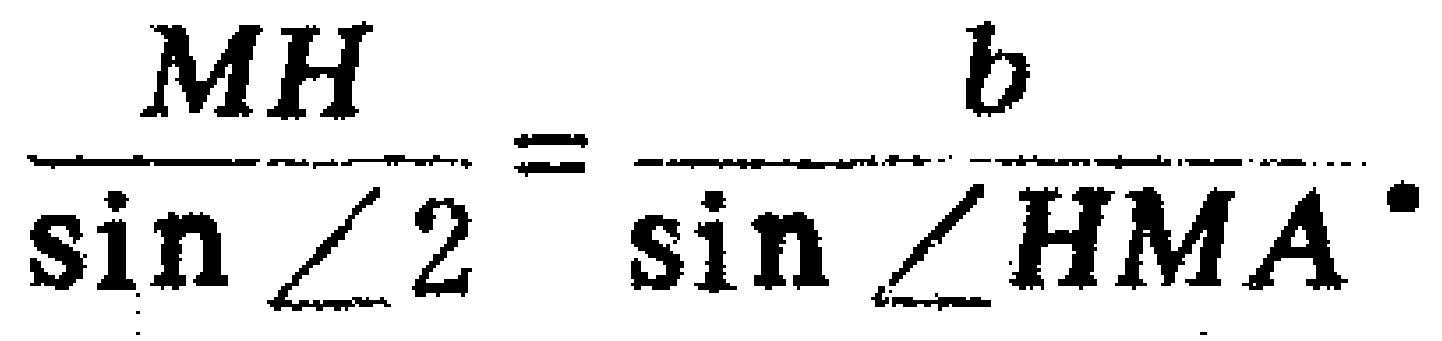
\(\frac{MH}{\sin\angle 2}=\frac{b}{\sin\angle HMA}.\)